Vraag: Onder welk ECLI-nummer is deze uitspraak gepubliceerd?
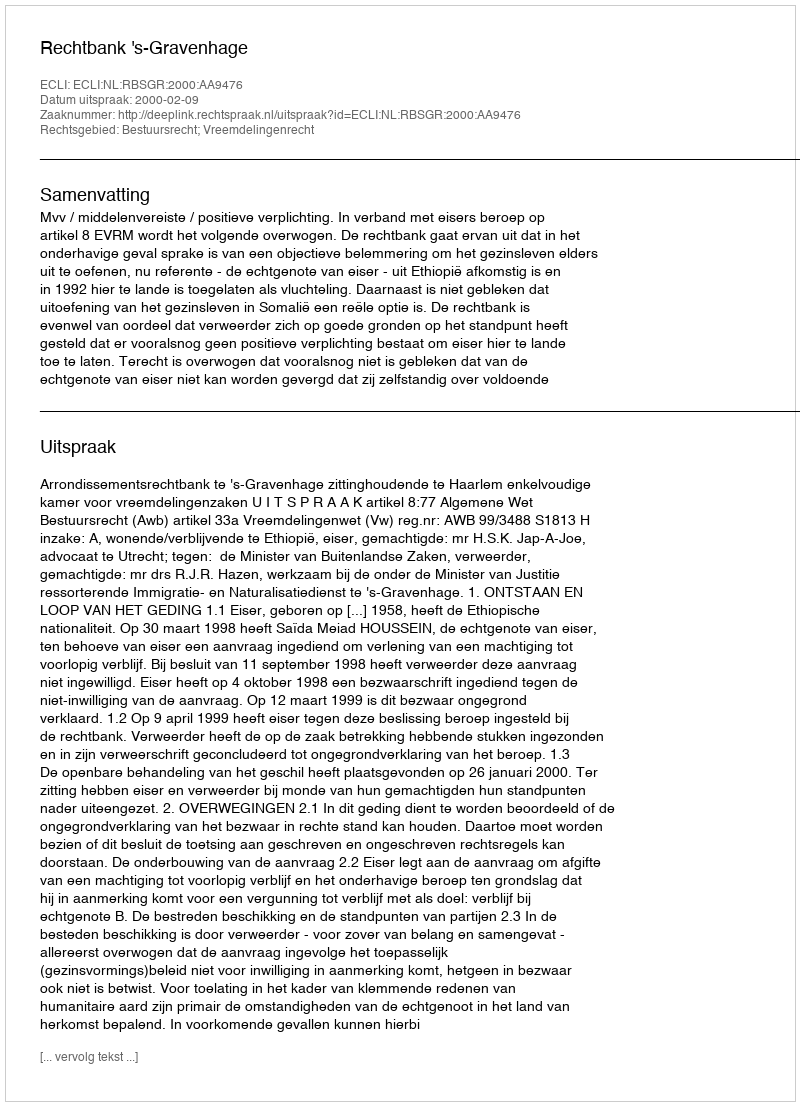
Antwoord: ECLI:NL:RBSGR:2000:AA9476